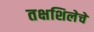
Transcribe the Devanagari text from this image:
तक्षशिलेचे